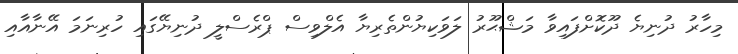
މިހާރު ދުނިޔެ ދޫކޮށްފައިވާ މަޝްޙޫރު ލަވަކިޔުންތެރިޔާ އެލްވިސް ޕްރެސްލީ ދުނިޔޭގައި ހުރިނަމަ އޭނާއާއި